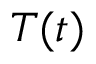
T ( t )